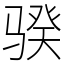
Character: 骙